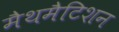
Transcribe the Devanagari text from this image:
मैथमैटिशन